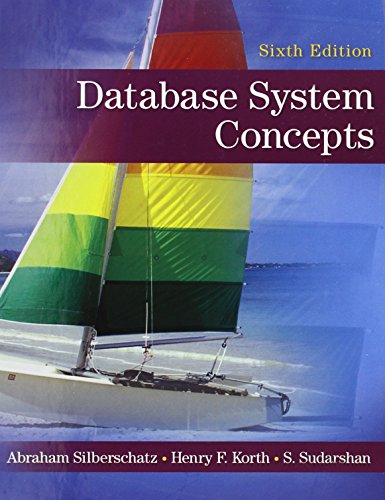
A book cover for Database System Concepts; Abraham Silberschatz; Computers & Technology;